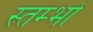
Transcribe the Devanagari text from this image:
स्‍तम्‍भों